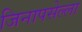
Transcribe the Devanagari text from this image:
जिनापसेल्ला